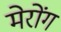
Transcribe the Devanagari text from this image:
मेरोंग